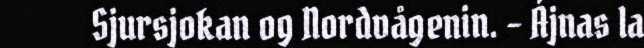
Sjursjokan og Nordvågenin. – Ájnas la